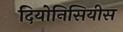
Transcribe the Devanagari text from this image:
दियोनिसियीस